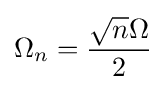
\Omega _{n}={\frac {{\sqrt {n}}\Omega }{2}}